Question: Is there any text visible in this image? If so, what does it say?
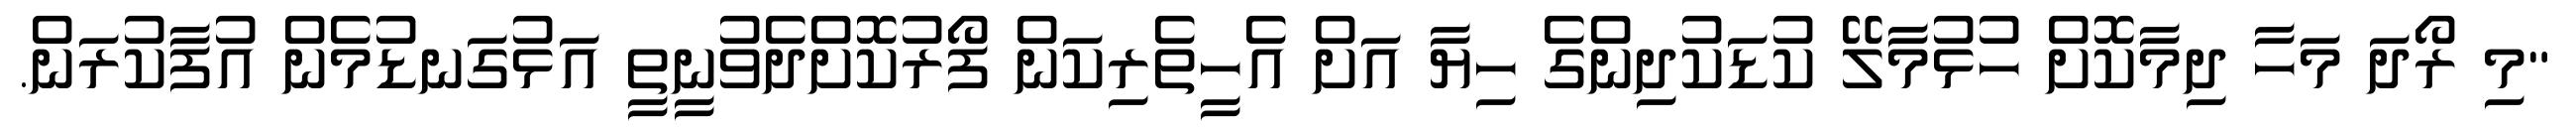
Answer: "މި ރޯދަ މަހާ ދިމާކޮށް ހުޅުމާލޭ ކުޑަކުދިންގެ ހިޔާ އަށް އެހީތެރިކަން ފޯރުކޮށްދެވުނީތީ އަޅުގަނޑުމެން އުފާކުރަން.